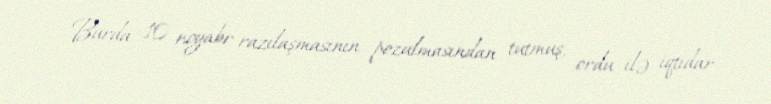
Burda 10 noyabr razılaşmasının pozulmasından tutmuş, ordu ilə iqtidar